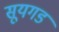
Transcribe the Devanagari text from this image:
सूयगडं